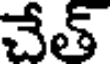
చేత్